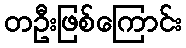
တဦးဖြစ်ကြောင်း